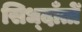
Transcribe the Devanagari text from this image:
सिध्दाँतोँ